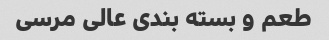
طعم و بسته بندی عالی مرسی